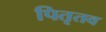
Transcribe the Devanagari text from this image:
पितृतव